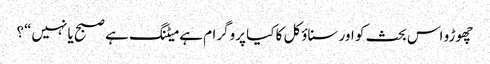
چھوڑو اس بحث کو اور سناؤکل کا کیا پروگرام ہے میٹنگ ہے صبح یا نہیں“؟